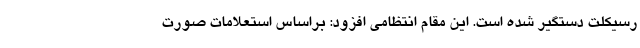
رسیکلت دستگیر شده است. این مقام انتظامی افزود: براساس استعلامات صورت